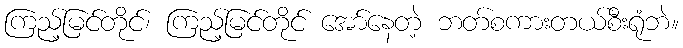
ကြည့်မြင်တိုင်၊ ကြည့်မြင်တိုင် အော်နေတဲ့ ဘတ်စကားတယ်စီးရုံဘဲ။